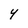
Character: 4